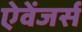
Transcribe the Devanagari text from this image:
ऐवेंजर्स